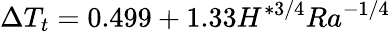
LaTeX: \Delta T_{t}=0.499+1.33H^{*3/4}Ra^{-1/4}